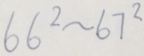
6 6 ^ { 2 } \sim 6 7 ^ { 2 }